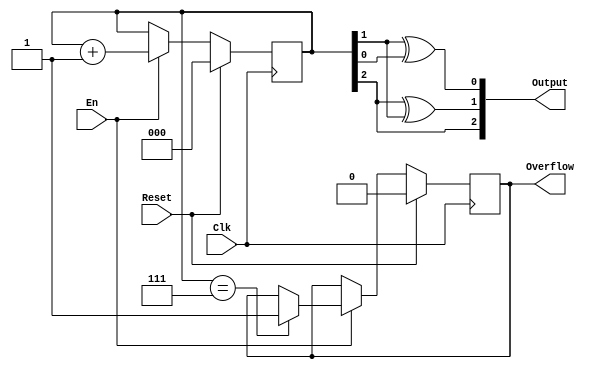
`timescale 1ns / 1ps

module gray(
    input Clk,
    input Reset,
    input En,
    output [2:0] Output,
    output reg Overflow
    );
    reg [2:0] counter;

    assign Output = {counter[2],counter[2]^counter[1],counter[1]^counter[0]};
    
    initial begin
        counter = 0;
        Overflow = 0;
    end
    
    always @(posedge Clk) begin
        if(Reset) begin
            counter <= 0;
            Overflow <= 0;
        end else if(En) begin
            if(counter==3'b111) Overflow <= 1;
            counter <= counter + 3'b1;
        end
    end

endmodule